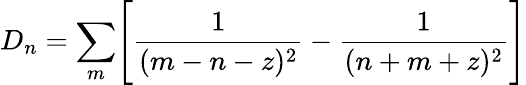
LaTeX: D_{n}=\sum_{m}\Biggl[{\frac{1}{(m-n-z)^{2}}}-{\frac{1}{(n+m+z)^{2}}}\Biggr]